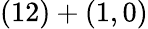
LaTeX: (12)+(1,0)